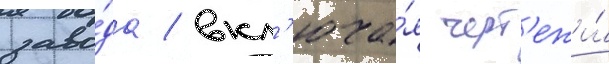
заво́да / вкл'юча́я черт'ежи́